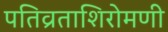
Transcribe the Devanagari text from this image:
पतिव्रताशिरोमणी